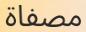
مصفاة